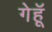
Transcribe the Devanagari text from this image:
गेहॅू